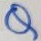
Text: Q